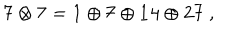
LaTeX: { \bf 7 } \otimes { \bf 7 } = { \bf 1 } \oplus { \bf 7 } \oplus { \bf 1 4 } \oplus { \bf 2 7 } \ ,